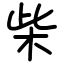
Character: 柴